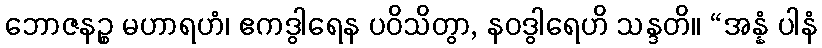
ဘောဇနဉ္စ မဟာရဟံ၊ ဧကဒွါရေန ပဝိသိတွာ, နဝဒွါရေဟိ သန္ဒတိ။ “အန္နံ ပါနံ